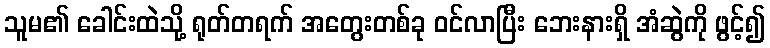
သူမ၏ ခေါင်းထဲသို့ ရုတ်တရက် အတွေးတစ်ခု ဝင်လာပြီး ဘေးနားရှိ အံဆွဲကို ဖွင့်၍